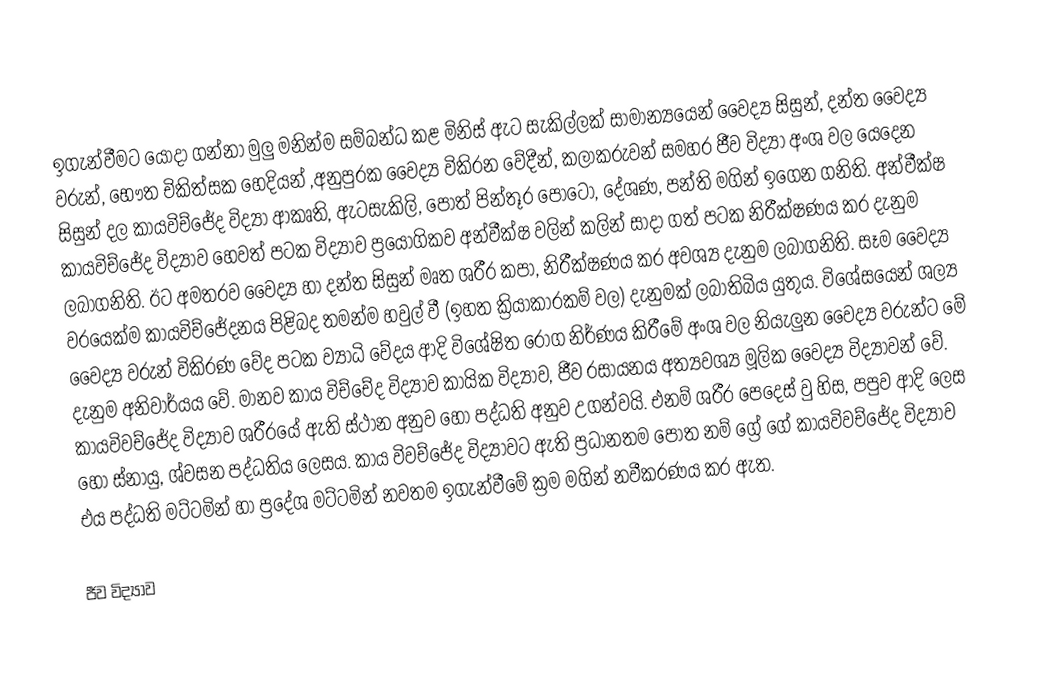
ඉගැන්වීම‍ට යොදා ගන්නා මුලු මනින්ම සම්බන්ධ කළ මිනිස් ඇට සැකිල්ලක් සාමාන්‍යයෙන් වෛද්‍ය සිසුන්, දන්ත වෛද්‍ය වරුන්, භෞත චිකිත්සක හෙදියන් ,අනුපුරක වෛද්‍ය විකිරන වේදීන්, කලාකරුවන් සමහර ජීව විද්‍යා අංශ වල යෙදෙන සිසුන් දල කායවිච්ජේද විද්‍යා ආකෘති, ඇටසැකිලි, පොත් පින්තූර පොටෝ, දේශණ, පන්ති මගින් ඉගෙන ගනිති. අන්වීක්ෂ කායවිච්ජේද විද්‍යාව හෙවත් පටක විද්‍යාව ප්‍රයෝගිකව අන්වීක්ෂ වලින් කලින් සාදා ගත් පටක නිරීක්ෂණය කර දැනුම ලබාගනිති. ඊට අමතරව වෛද්‍ය හා දන්ත සිසුන් මෘත ශරීර කපා, නිරීක්ෂණය කර අවශ්‍ය දැනුම ලබාගනිති. සෑම වෛද්‍ය වරයෙක්ම කායවිච්ජේදනය පිළිබද තමන්ම හවුල් වී (ඉහත ක්‍රියාකාරකම් වල) දැනුමක් ලබාතිබිය යුතුය. විශේසයෙන් ශල්‍ය වෛද්‍ය වරුන් විකිරණ වේද පටක ව්‍යාධි වේදය ආදි විශේෂිත රෝග නිර්ණය කිරීමේ අංශ වල නියැලුන වෛද්‍ය වරුන්ට මේ දැනුම අනිවාර්යය වේ. මානව කාය විච්චේද විද්‍යාව කායික විද්‍යාව, ජීව රසායනය අත්‍යවශ්‍ය මූලික වෛද්‍ය විද්‍යාවන් වේ. කායවිවච්ජේද විද්‍යාව ශරීරයේ ඇති ස්ථාන අනුව හෝ පද්ධති අනුව උගන්වයි. එනම් ශරීර පෙදෙස් වු හිස, පපුව ආදි ලෙස හෝ ස්නායු, ශ්වසන පද්ධතිය ලෙසය. කා‍ය විවච්ජේද විද්‍යාවට ඇති ප්‍රධානතම පොත නම් ග්‍රේ ගේ කායවිවච්ජේද විද්‍යාව එය පද්ධති මට්ටමින් හා ප්‍රදේශ මට්ටමින් නවතම ඉගැන්වීමේ ක්‍රම මගින් නවීකරණය කර ඇත.

ජීව විද්‍යාව